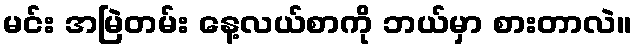
မင်း အမြဲတမ်း နေ့လယ်စာကို ဘယ်မှာ စားတာလဲ။